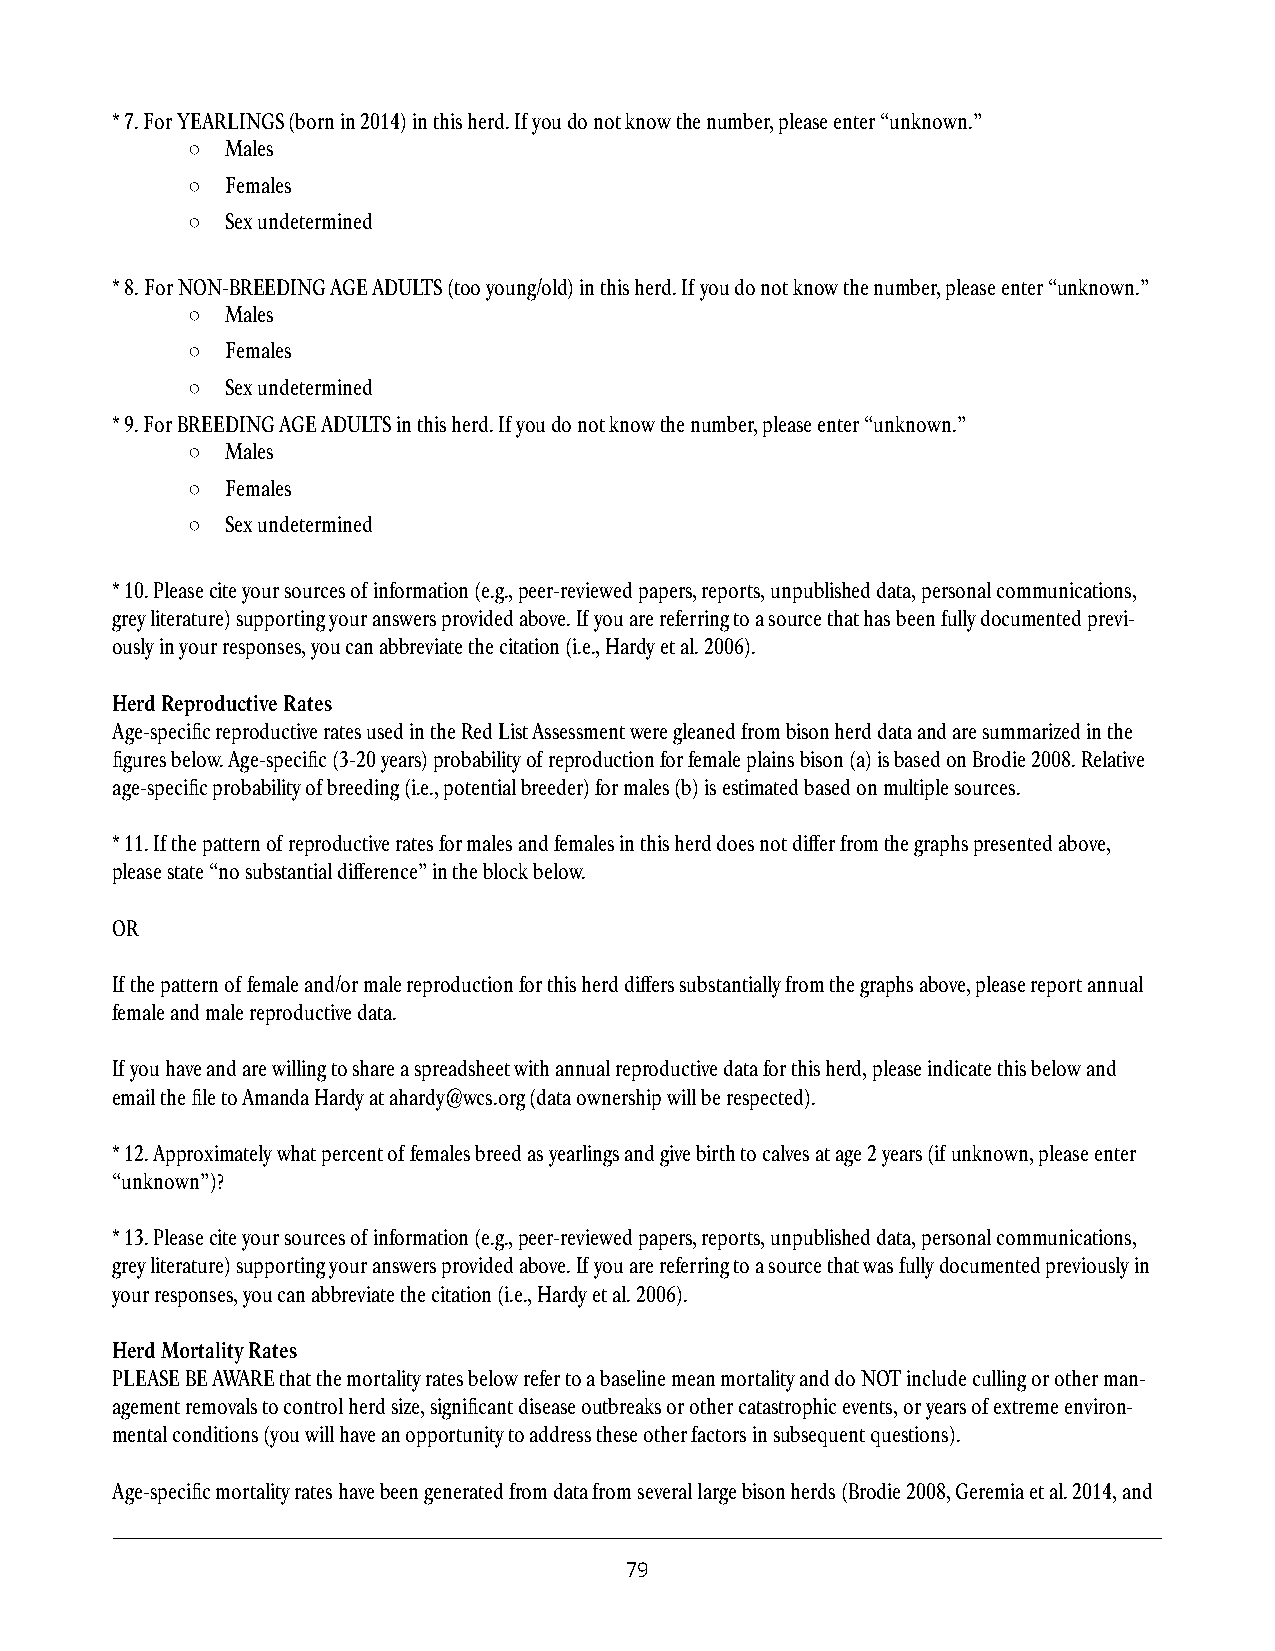
* 7. For YEARLINGS (born in 2014) in this herd. If you do not know the number, please enter “unknown.”
 ○  Males
 ○  Females
 ○  Sex undetermined
 * 8. For NON-BREEDING AGE ADULTS (too young/old) in this herd. If you do not know the number, please enter “unknown.”
 ○  Males
 ○  Females
 ○  Sex undetermined
 * 9. For BREEDING AGE ADULTS in this herd. If you do not know the number, please enter “unknown.”
 ○  Males
 ○  Females
 ○  Sex undetermined
 * 10. Please cite your sources of information (e.g., peer-reviewed papers, reports, unpublished data, personal communications,
 grey literature) supporting your answers provided above. If you are referring to a source that has been fully documented previ-
 ously in your responses, you can abbreviate the citation (i.e., Hardy et al. 2006).
 Herd Reproductive Rates
 Age-specific reproductive rates used in the Red List Assessment were gleaned from bison herd data and are summarized in the
 figures below. Age-specific (3-20 years) probability of reproduction for female plains bison (a) is based on Brodie 2008. Relative
 age-specific probability of breeding (i.e., potential breeder) for males (b) is estimated based on multiple sources.
 * 11. If the pattern of reproductive rates for males and females in this herd does not differ from the graphs presented above,
 please state “no substantial difference” in the block below.
 OR
 If the pattern of female and/or male reproduction for this herd differs substantially from the graphs above, please report annual
 female and male reproductive data.
 If you have and are willing to share a spreadsheet with annual reproductive data for this herd, please indicate this below and
 email the file to Amanda Hardy at ahardy@wcs.org (data ownership will be respected).
 * 12. Approximately what percent of females breed as yearlings and give birth to calves at age 2 years (if unknown, please enter
 “unknown”)?
 * 13. Please cite your sources of information (e.g., peer-reviewed papers, reports, unpublished data, personal communications,
 grey literature) supporting your answers provided above. If you are referring to a source that was fully documented previously in
 your responses, you can abbreviate the citation (i.e., Hardy et al. 2006).
 Herd Mortality Rates
 PLEASE BE AWARE that the mortality rates below refer to a baseline mean mortality and do NOT include culling or other man-
 agement removals to control herd size, significant disease outbreaks or other catastrophic events, or years of extreme environ-
 mental conditions (you will have an opportunity to address these other factors in subsequent questions).
 Age-specific mortality rates have been generated from data from several large bison herds (Brodie 2008, Geremia et al. 2014, and
 79